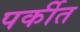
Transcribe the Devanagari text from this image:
पर्कीत